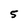
Character: 5